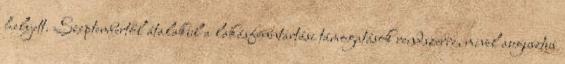
helyett. Szeptembertől átalakul a lakásfenntartási támogatások rendszerre, mivel augusztus